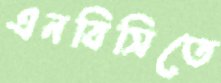
এনবিসিতে